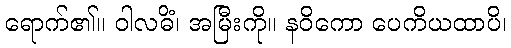
ရောက်၏။ ဝါလဓိံ၊ အမြီးကို။ နဝိကော ပေကိယထာပိ၊